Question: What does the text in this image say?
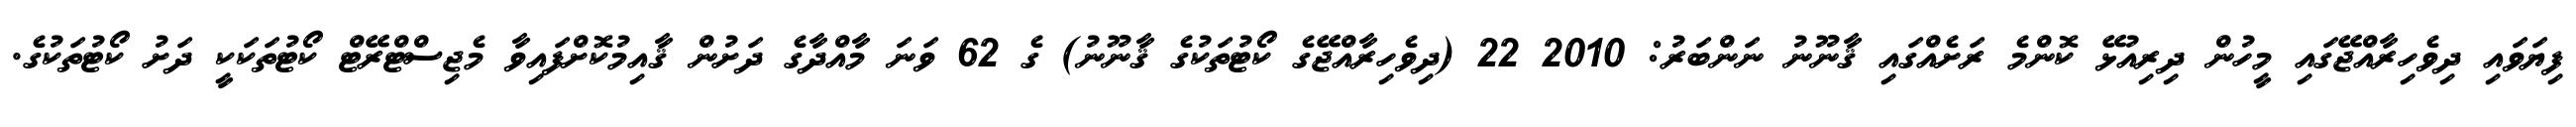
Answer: ފިޔަވައި ދިވެހިރާއްޖޭގައި މީހުން ދިރިއުޅޭ ކޮންމެ ރަށެއްގައި ޤާނޫނު ނަންބަރު: 2010 22 (ދިވެހިރާއްޖޭގެ ކޯޓުތަކުގެ ޤާނޫނު) ގެ 62 ވަނަ މާއްދާގެ ދަށުން ޤާއިމުކޮށްފައިވާ މެޖިސްޓްރޭޓް ކޯޓުތަކަކީ ދަށު ކޯޓުތަކުގެ.